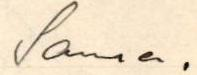
mellinen kiitos teille kaikille.